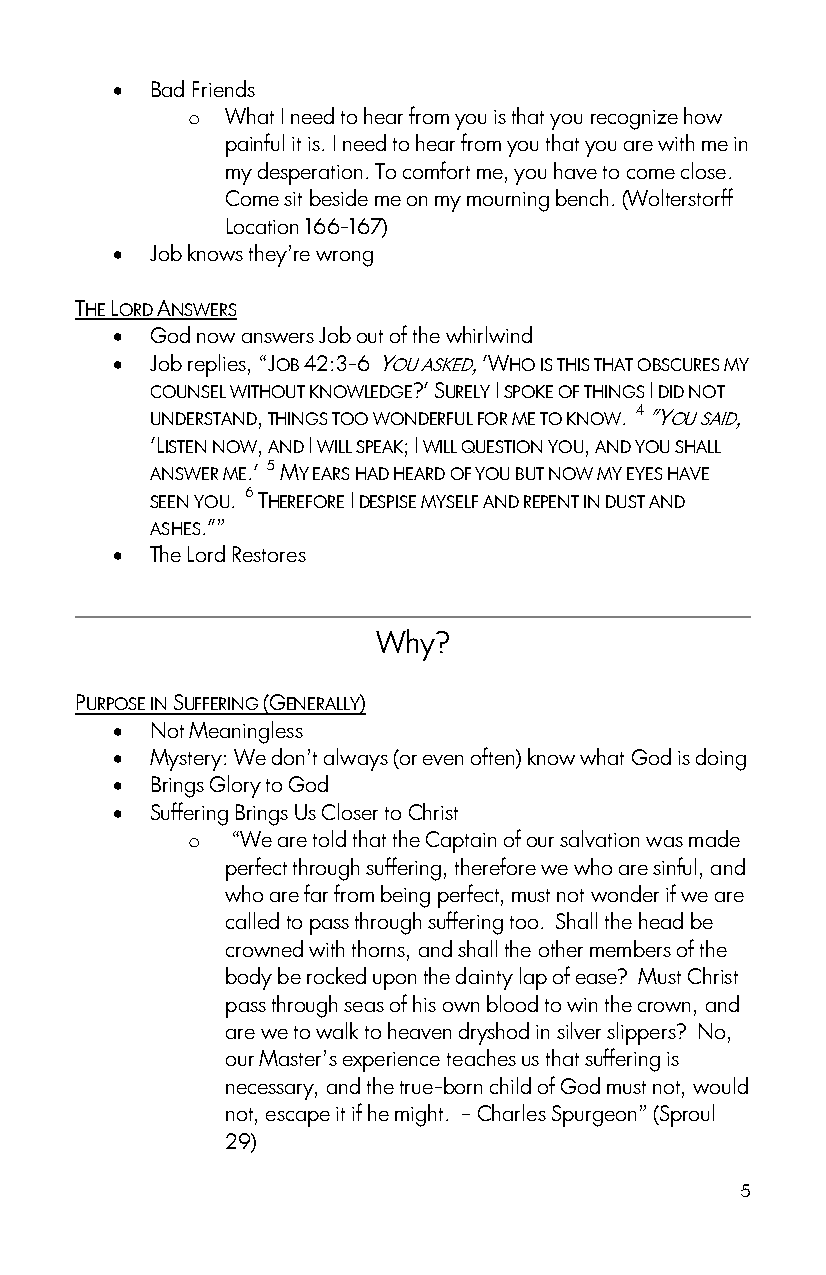
  Bad Friends
 o  What I need to hear from you is that you recognize how
 painful it is. I need to hear from you that you are with me in
 my desperation. To comfort me, you have to come close.
 Come sit beside me on my mourning bench. (Wolterstorff
 Location 166-167)
   Job knows they‟re wrong
 THE LORD ANSWERS
   God now answers Job out of the whirlwind
   Job replies, “JOB 42:3-6 YOU ASKED, 'WHO IS THIS THAT OBSCURES MY
 COUNSEL WITHOUT KNOWLEDGE?' SURELY I SPOKE OF THINGS I DID NOT
 UNDERSTAND, THINGS TOO WONDERFUL FOR ME TO KNOW. 4 "YOU SAID,
 'LISTEN NOW, AND I WILL SPEAK; I WILL QUESTION YOU, AND YOU SHALL
 ANSWER ME.' 5 MY EARS HAD HEARD OF YOU BUT NOW MY EYES HAVE
 SEEN YOU. 6 THEREFORE I DESPISE MYSELF AND REPENT IN DUST AND
 ASHES."”
   The Lord Restores
 Why?
 PURPOSE IN SUFFERING (GENERALLY)
   Not Meaningless
   Mystery: We don‟t always (or even often) know what God is doing
   Brings Glory to God
   Suffering Brings Us Closer to Christ
 o  “We are told that the Captain of our salvation was made
 perfect through suffering, therefore we who are sinful, and
 who are far from being perfect, must not wonder if we are
 called to pass through suffering too. Shall the head be
 crowned with thorns, and shall the other members of the
 body be rocked upon the dainty lap of ease? Must Christ
 pass through seas of his own blood to win the crown, and
 are we to walk to heaven dryshod in silver slippers? No,
 our Master‟s experience teaches us that suffering is
 necessary, and the true-born child of God must not, would
 not, escape it if he might. – Charles Spurgeon” (Sproul
 29)
 5